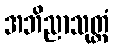
အဘိညာသုတ္တံ